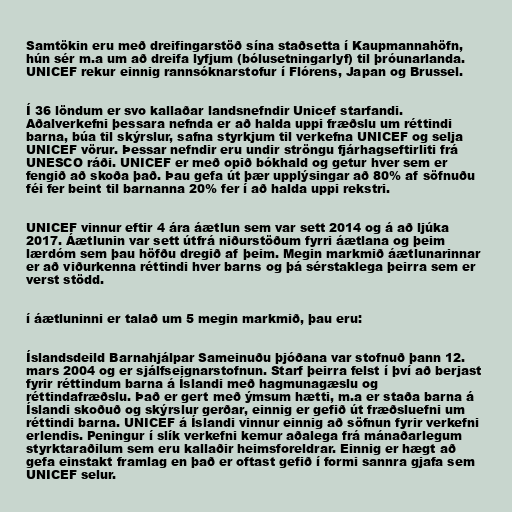
Samtökin eru með dreifingarstöð sína staðsetta í Kaupmannahöfn,
hún sér m.a um að dreifa lyfjum (bólusetningarlyf) til þróunarlanda.
UNICEF rekur einnig rannsóknarstofur í Flórens, Japan og Brussel.

Í 36 löndum er svo kallaðar landsnefndir Unicef starfandi.
Aðalverkefni þessara nefnda er að halda uppi fræðslu um réttindi
barna, búa til skýrslur, safna styrkjum til verkefna UNICEF og selja
UNICEF vörur. Þessar nefndir eru undir ströngu fjárhagseftirliti frá
UNESCO ráði. UNICEF er með opið bókhald og getur hver sem er
fengið að skoða það. Þau gefa út þær upplýsingar að 80% af söfnuðu
féi fer beint til barnanna 20% fer í að halda uppi rekstri.

UNICEF vinnur eftir 4 ára áætlun sem var sett 2014 og á að ljúka
2017. Áætlunin var sett útfrá niðurstöðum fyrri áætlana og þeim
lærdóm sem þau höfðu dregið af þeim. Megin markmið áætlunarinnar
er að viðurkenna réttindi hver barns og þá sérstaklega þeirra sem er
verst stödd.

í áætluninni er talað um 5 megin markmið, þau eru:

Íslandsdeild Barnahjálpar Sameinuðu þjóðana var stofnuð þann 12.
mars 2004 og er sjálfseignarstofnun. Starf þeirra felst í því að berjast
fyrir réttindum barna á Íslandi með hagmunagæslu og
réttindafræðslu. Það er gert með ýmsum hætti, m.a er staða barna á
Íslandi skoðuð og skýrslur gerðar, einnig er gefið út fræðsluefni um
réttindi barna. UNICEF á Íslandi vinnur einnig að söfnun fyrir verkefni
erlendis. Peningur í slík verkefni kemur aðalega frá mánaðarlegum
styrktaraðilum sem eru kallaðir heimsforeldrar. Einnig er hægt að
gefa einstakt framlag en það er oftast gefið í formi sannra gjafa sem
UNICEF selur.